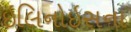
ઇલિનોઇસના